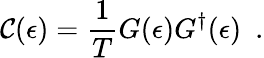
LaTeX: \mathcal{C}(\epsilon)=\frac{{1}}{{T}}G(\epsilon)G^{\dagger}(\epsilon)~~.